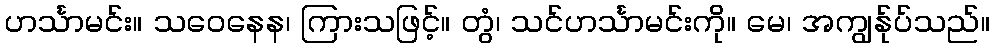
ဟင်္သာမင်း။ သဝေနေန၊ ကြားသဖြင့်။ တွံ၊ သင်ဟင်္သာမင်းကို။ မေ၊ အကျွန်ုပ်သည်။